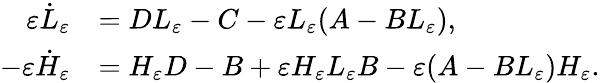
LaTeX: \begin{array}{rl}{{\varepsilon}\dot{L}_{\varepsilon}}&{=DL_{\varepsilon}-C-{\varepsilon}L_{\varepsilon}(A-BL_{\varepsilon}),}\\ {-{\varepsilon}\dot{H}_{\varepsilon}}&{=H_{\varepsilon}D-B+{\varepsilon}H_{\varepsilon}L_{\varepsilon}B-{\varepsilon}(A-BL_{\varepsilon})H_{\varepsilon}.}\end{array}